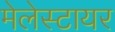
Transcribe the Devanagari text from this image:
मेलेस्टायर